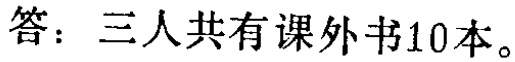
答：三人共有课外书10本。